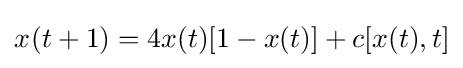
{x}_{}^{}(t+1)=4x(t)[1-x(t)]+c[x(t),t]